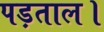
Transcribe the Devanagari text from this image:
पड़ताल।